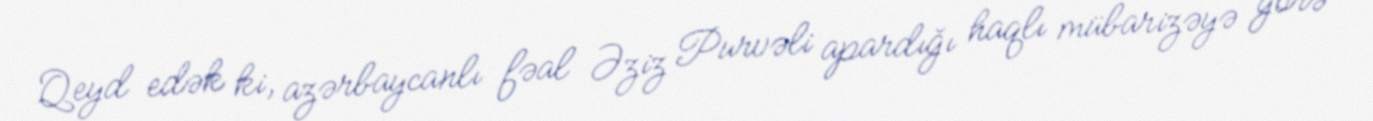
Qeyd edək ki, azərbaycanlı fəal Əziz Purvəli apardığı haqlı mübarizəyə görə